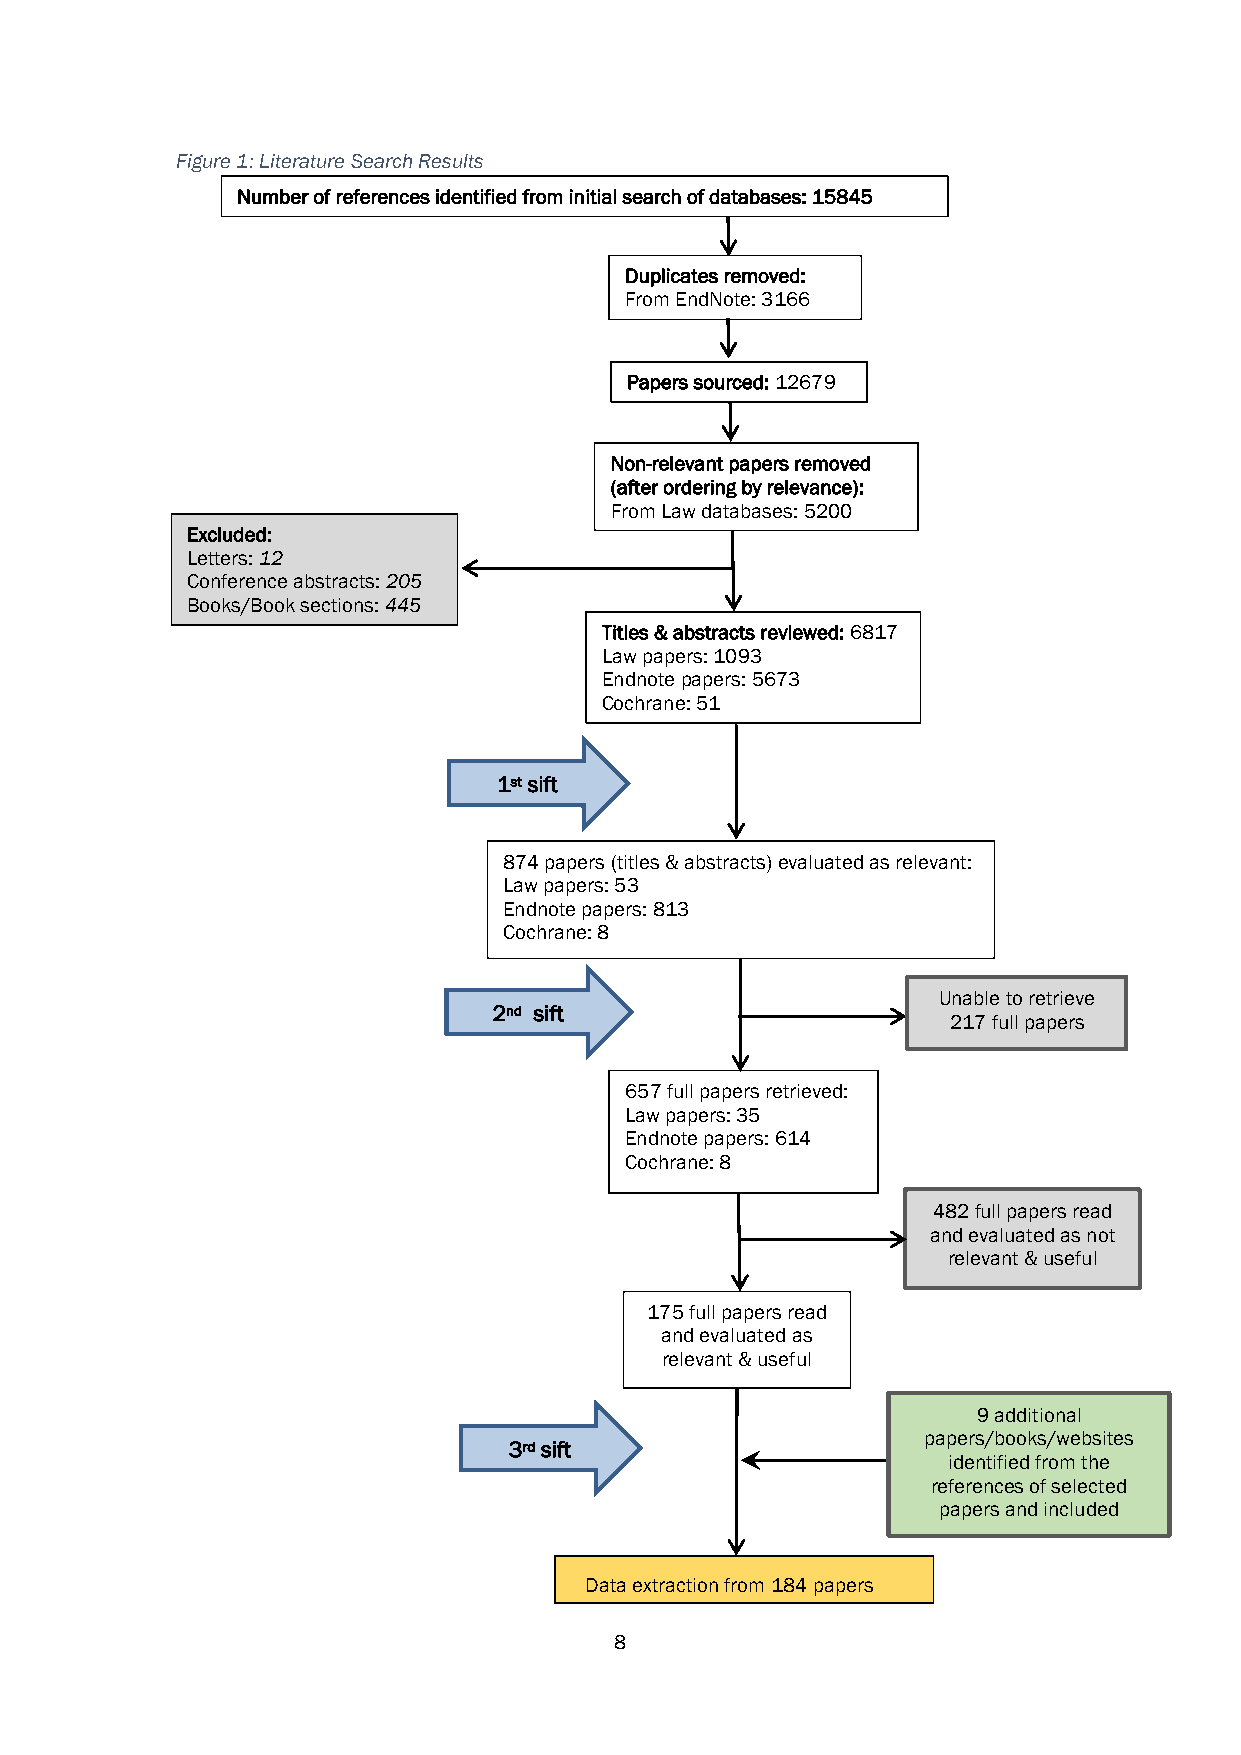
Figure 1: Literature Search Results
 Number of references identified from initial search of databases: 15845
 Duplicates removed:
 From EndNote: 3166
 Papers sourced: 12679
 Non-relevant papers removed
 (after ordering by relevance):
 From Law databases: 5200
 Excluded:
 Letters: 12
 Conference abstracts: 205
 Books/Book sections: 445
 Titles & abstracts reviewed: 6817
 Law papers: 1093
 Endnote papers: 5673
 Cochrane: 51
 1st sift
 874 papers (titles & abstracts) evaluated as relevant:
 Law papers: 53
 Endnote papers: 813
 Cochrane: 8
 Unable to retrieve
 2nd sift
 217 full papers
 657 full papers retrieved:
 Law papers: 35
 Endnote papers: 614
 Cochrane: 8
 482 full papers read
 and evaluated as not
 relevant & useful
 175 full papers read
 and evaluated as
 relevant & useful
 9 additional
 papers/books/websites
 3rd sift
 identified from the
 references of selected
 papers and included
 Data extraction from 184 papers
 8